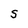
Character: S